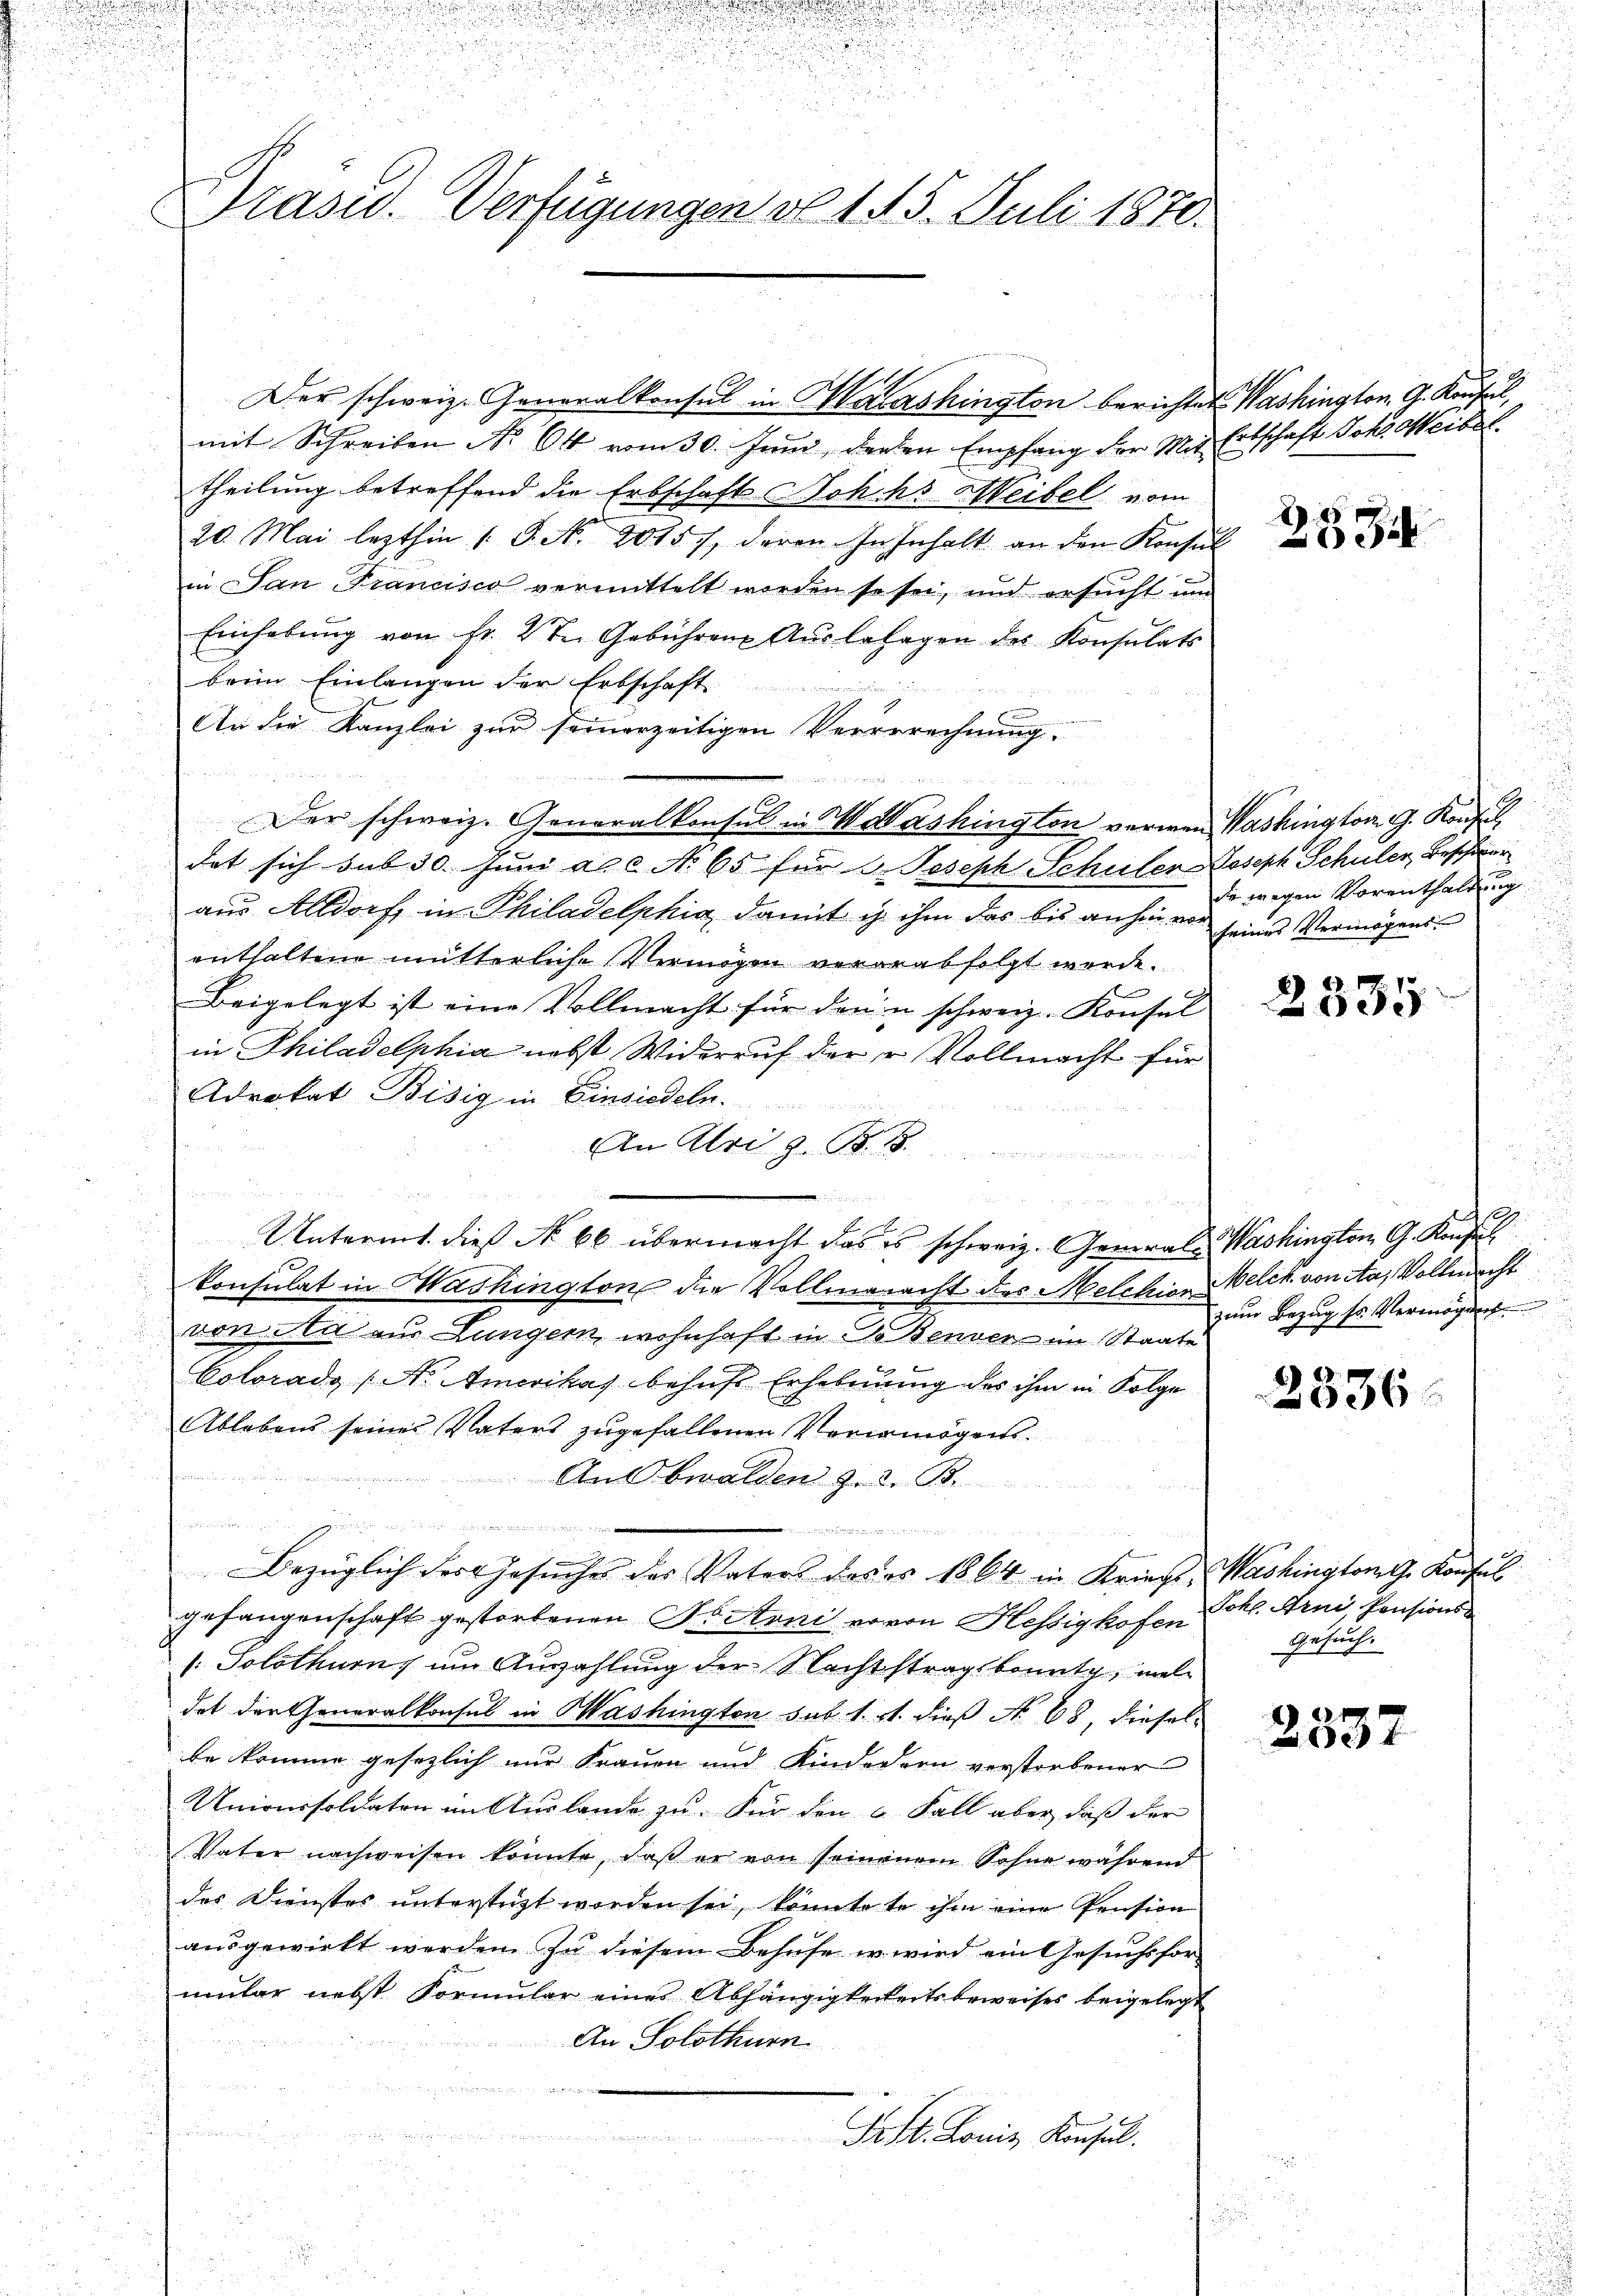
.

mit Schreiben No 64 vom 30. Juni, deren Empfang der Mit Entschaft Joh. Weibel.
theilung betreffend die Erbschaft Sohchs Weibel vom
20. Mai lezthin 1 S. N. 2015 /. deren. In Inhalt an den Konsul
in San Francisco vermittelt worden so sei, und ersucht um
Einhebung von Fr. 2 ten Gebühren Auslasagen des Konsulats
beim Einlangen der Erbschaft
e
An die Kanzlei zur seinerzeitigen Vererrechnung.
Der schweiz. Generalkonsul in Washington verwen Washington G. Konfl
dat sich sub 30. Juni a. c. No 65 für V. Joseph Schüler Joseph Schuler, Beschwer
aus Altdorf, in Philadelphia damit ich ihm das bis anhin von seines Vermögensenthaltene mütterliche Vermögen verarabfolgt werde.
n
Beigelegt ist eine Vollmacht für den u schweiz. Konsul
in Philadelphia nebst Widerruf der Vollmacht für
Adrokat Bisig in Einsiedeln.
An Uri z. B. 1.
d Bitte e
N 2254
e
Untermt dies No 66 übermacht das es schweiz. General-Washington G. Konzes
konsulat in Washington die Vollmanacht des Melchior Welch von Aa, Vollmacht
von da an Lungern, wohnhaft in Dr Tenden im Staate
Colorado (N. Amerikas behufs Erhebung des ihm in Folge
Ablebens seines Vaters zugefallenen Verwenigents¬

Anlbwalden Z. 2. B.
er le mit in den
a

Bezüglich des Gesuches des Vaters des es 1864 in Kriegs-Washington Konsul
gefangenschaft gestorbenen Portoni vovon Hessighofen Schl. Arni, Pensions¬
: Solothurn, um Auszahlung der Nachtstrag beurtg, mal
dat der Generalkonsul in Washington sub. 1. rt. dieß No 68, diesel
te komme gesezlich nur Frauen und Kindedern verstorbener
Universoldaten im Auslande zu. Für den 6. Fall aber, daß der
Vater nachweisen konnte, daß er von seinenem Sohne während
des Dienstes unterstüzt worden sei, könnte so ihm eine Pension
ausgewirkt werden. Zu diesem Behufe er wird ein Gesuchsfor-
mular nebst Formular eines Abhängigkeiteitsbeweises beigelegt
An Solothurn
u
en
F. St. Louis Konsul

d
d

i

e

.

.
Präsid. Verfügungen do 145. Juli 1870.

d

Der schweiz. Generalkonsul in Maashington berichtet. Washington G. Konsul,

d

25 x
e

die wegen Vorenthaltung
.

2335

d
e
zum Bezug so vermögens

2336

2537

Gesuch.